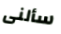
سألنى